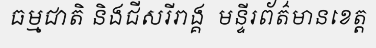
ធម្មជាតិ និងជីសរីរាង្គ  មន្ទីរព័ត៌មានខេត្ត